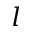
l